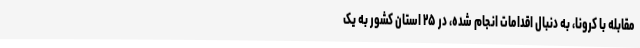
مقابله با کرونا، به دنبال اقدامات انجام شده، در ۲۵ استان کشور به یک